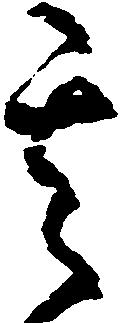
其